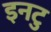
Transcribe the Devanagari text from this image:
इनटु